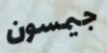
جيمسون